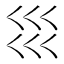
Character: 𡿭